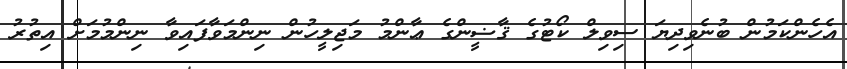
އެހެންކަމުން ބުނެވިދިޔަ ސިވިލް ކޯޓުގެ ޤާޟީންގެ ޢާންމު މަޖިލީހުން ނިންމަވާފައިވާ ނިންމުމަށް އިތުރު